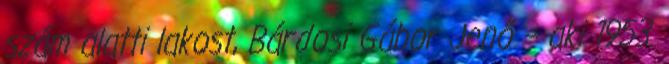
szám alatti lakost, Bárdosi Gábor Jenő – aki 1953.